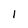
Character: I